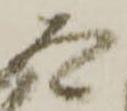
太